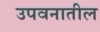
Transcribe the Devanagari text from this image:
उपवनातील